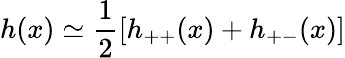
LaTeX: h(x)\simeq\frac{1}{2}\left[h_{++}(x)+h_{+-}(x)\right]